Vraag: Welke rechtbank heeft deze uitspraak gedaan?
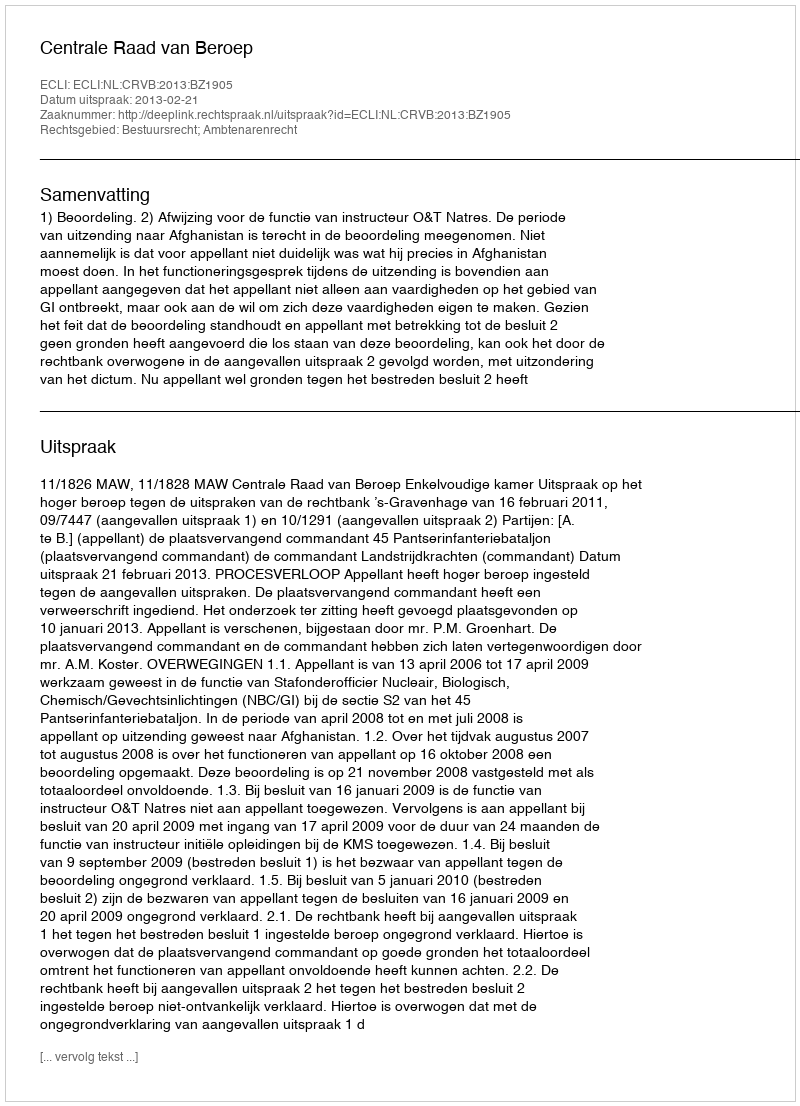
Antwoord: Centrale Raad van Beroep